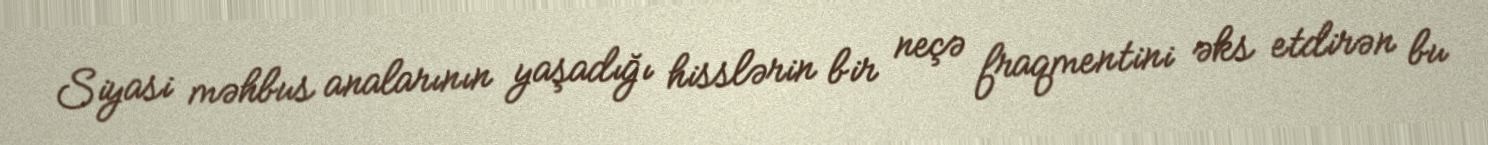
Siyasi məhbus analarının yaşadığı hisslərin bir neçə fraqmentini əks etdirən bu